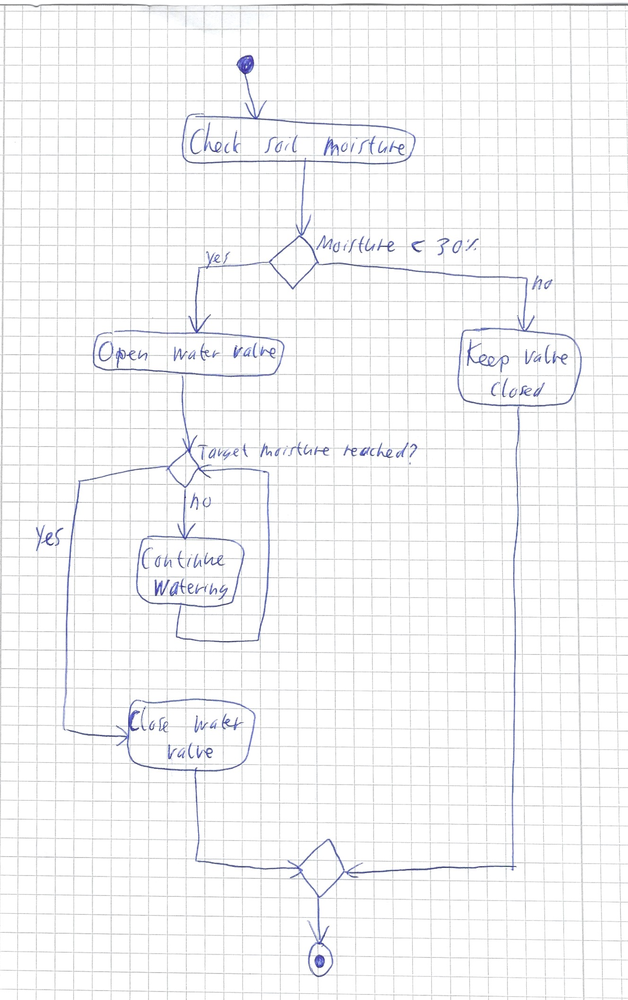
Diagram type: activity_diagram
```plantuml
@startuml

start

:Check soil moisture;

if (Moisture < 30%?) then (yes)
  :Open water valve;
  while (Target moisture reached?) is (no)
    :Continue watering;
  endwhile (yes)
  :Close water valve;
else (no)
  :Keep valve closed;
endif

stop

@enduml
```